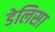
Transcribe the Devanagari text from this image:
डेलिसा